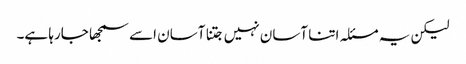
لیکن یہ مسئلہ اتنا آسان نہیں جتنا آسان اسے سمجھا جارہا ہے۔